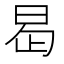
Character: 𭥭